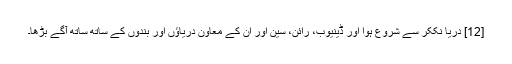
[12] دریا نککر سے شروع ہوا اور ڈینیوب، رائن، سین اور ان کے معاون دریاؤں اور بندوں کے ساتھ ساتھ آگے بڑھا۔